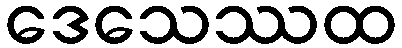
ဒေသေဿထ